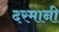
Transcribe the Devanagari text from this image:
दरमानी